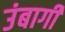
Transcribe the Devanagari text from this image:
उंबागी